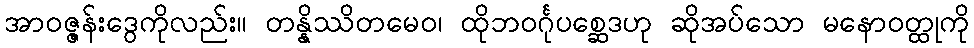
အာဝဇ္ဇန်းဒွေကိုလည်း။ တန္နိဿိတမေဝ၊ ထိုဘဝင်္ဂုပစ္ဆေဒဟု ဆိုအပ်သော မနောဝတ္ထုကို